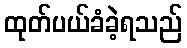
ထုတ်ပယ်ခံခဲ့ရသည်